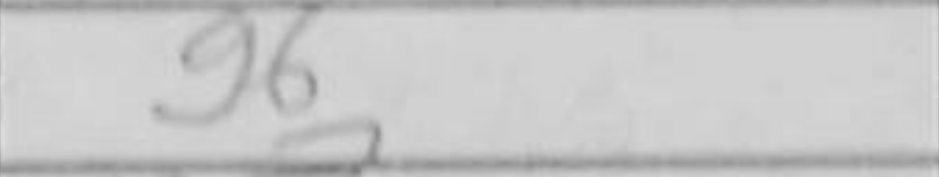
Transcription: g6